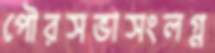
পৌরসভাসংলগ্ন